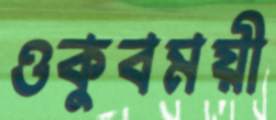
ওকুবময়ী